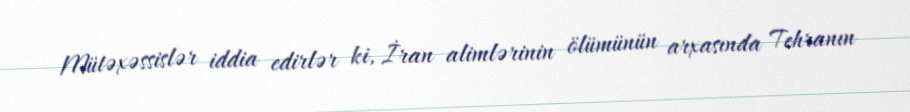
Mütəxəssislər iddia edirlər ki, İran alimlərinin ölümünün arxasında Tehranın